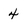
Character: 4